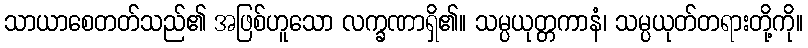
သာယာစေတတ်သည်၏ အဖြစ်ဟူသော လက္ခဏာရှိ၏။ သမ္ပယုတ္တကာနံ၊ သမ္ပယုတ်တရားတို့ကို။